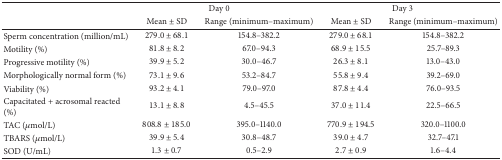
<table><thead><tr><td rowspan="2"><b> </b></td><td colspan="2"><b>Day 0</b></td><td colspan="2"><b>Day 3</b></td></tr><tr><td><b>Mean ± SD</b></td><td><b>Range (minimum–maximum)</b></td><td><b>Mean ± SD</b></td><td><b>Range (minimum–maximum)</b></td></tr></thead><tbody><tr><td>Sperm concentration (million/mL)</td><td>279.0 ± 68.1</td><td>154.8–382.2</td><td>279.0 ± 68.1</td><td>154.8–382.2</td></tr><tr><td>Motility (%)</td><td>81.8 ± 8.2</td><td>67.0–94.3</td><td>68.9 ± 15.5</td><td>25.7–89.3</td></tr><tr><td>Progressive motility (%)</td><td>39.9 ± 5.2</td><td>30.0–46.7</td><td>26.3 ± 8.1</td><td>13.0–43.0</td></tr><tr><td>Morphologically normal form (%)</td><td>73.1 ± 9.6</td><td>53.2–84.7</td><td>55.8 ± 9.4</td><td>39.2–69.0</td></tr><tr><td>Viability (%)</td><td>93.2 ± 4.1</td><td>79.0–97.0</td><td>87.8 ± 4.4</td><td>76.0–93.5</td></tr><tr><td>Capacitated + acrosomal reacted (%)</td><td>13.1 ± 8.8</td><td>4.5–45.5</td><td>37.0 ± 11.4</td><td>22.5–66.5</td></tr><tr><td>TAC (<i>μ</i>mol/L)</td><td>808.8 ± 185.0</td><td>395.0–1140.0</td><td>770.9 ± 194.5</td><td>320.0–1100.0</td></tr><tr><td>TBARS (<i>μ</i>mol/L)</td><td>39.9 ± 5.4</td><td>30.8–48.7</td><td>39.0 ± 4.7</td><td>32.7–47.1</td></tr><tr><td>SOD (U/mL)</td><td>1.3 ± 0.7</td><td>0.5–2.9</td><td>2.7 ± 0.9</td><td>1.6–4.4</td></tr></tbody></table>